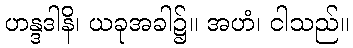
ဟန္ဒဒါနိ၊ ယခုအခါ၌။ အဟံ၊ ငါသည်။